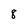
Character: 8